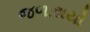
જળાશયો